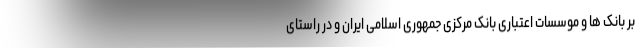
بر بانک ها و موسسات اعتباری بانک مرکزی جمهوری اسلامی ایران و در راستای